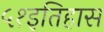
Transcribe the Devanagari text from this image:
५१इतिहास